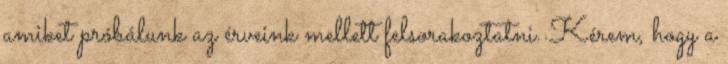
amiket próbálunk az érveink mellett felsorakoztatni. Kérem, hogy a